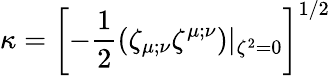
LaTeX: \kappa=\left[-{\frac{1}{2}}(\zeta_{\mu;\nu}\zeta^{\mu;\nu})|_{\zeta^{2}=0}\right]^{1/2}